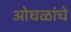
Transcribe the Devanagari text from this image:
ओघळांचे